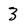
Character: 3